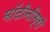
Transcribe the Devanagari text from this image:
मॉटीनीग्रो